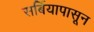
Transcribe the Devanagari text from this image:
सर्बियापासून